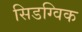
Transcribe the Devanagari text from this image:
सिडग्विक